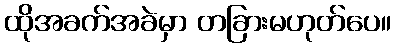
ထိုအခက်အခဲမှာ တခြားမဟုတ်ပေ။